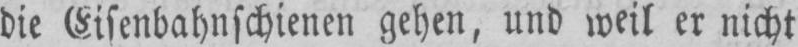
die Eisenbahnschienen gehen, und weil er nicht